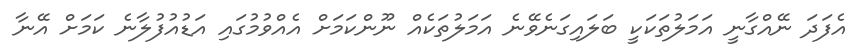
އެފަދަ ނޭއްގާނީ އަމަލުތަކަކީ ބަލައިގަނެވޭނެ އަމަލުތަކެއް ނޫންކަމަށް އެއްވުމުގައި އަޑުއުފުލާނެ ކަމަށް އޭނާ